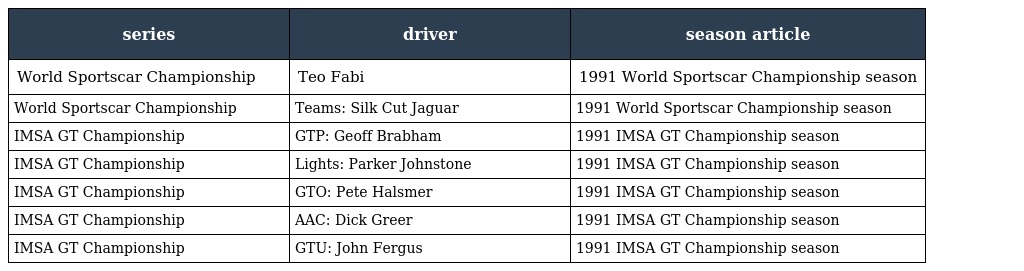
| series | driver | season article |
 | --- | --- | --- |
 | World Sportscar Championship | Teo Fabi | 1991 World Sportscar Championship season |
 | World Sportscar Championship | Teams: Silk Cut Jaguar | 1991 World Sportscar Championship season |
 | IMSA GT Championship | GTP: Geoff Brabham | 1991 IMSA GT Championship season |
 | IMSA GT Championship | Lights: Parker Johnstone | 1991 IMSA GT Championship season |
 | IMSA GT Championship | GTO: Pete Halsmer | 1991 IMSA GT Championship season |
 | IMSA GT Championship | AAC: Dick Greer | 1991 IMSA GT Championship season |
 | IMSA GT Championship | GTU: John Fergus | 1991 IMSA GT Championship season |